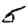
Digit: 5